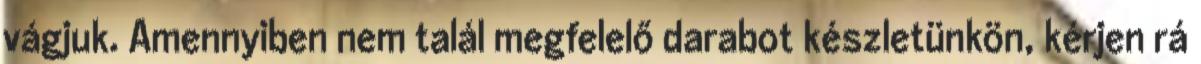
vágjuk. Amennyiben nem talál megfelelő darabot készletünkön, kérjen rá